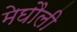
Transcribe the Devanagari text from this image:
मेघौली